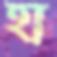
হা